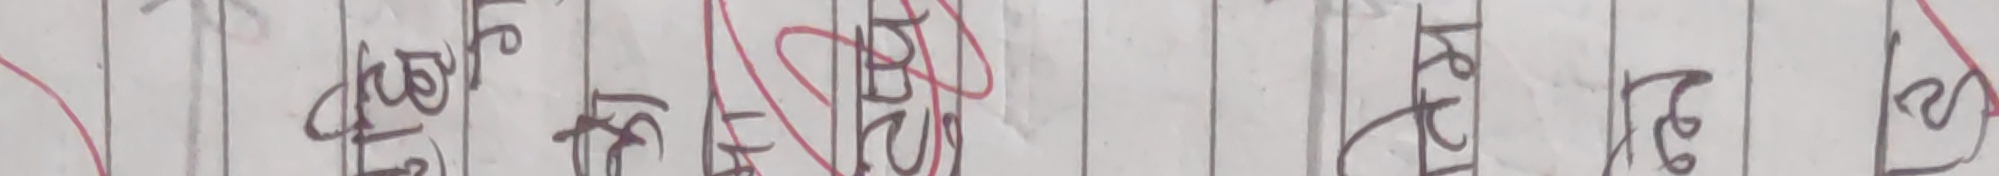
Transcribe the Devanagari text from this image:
बिधि १५ १२ रेप १२९ १२ ल